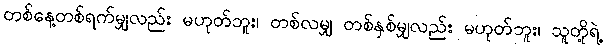
တစ်နေ့တစ်ရက်မျှလည်း မဟုတ်ဘူး၊ တစ်လမျှ တစ်နှစ်မျှလည်း မဟုတ်ဘူး၊ သူတို့ရဲ့